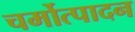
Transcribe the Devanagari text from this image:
चर्मोत्पादन